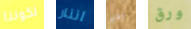
لكوننا انذار بخير ورق